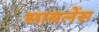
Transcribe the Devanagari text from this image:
सायलेंस